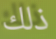
ذلك